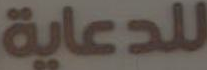
للدعاية